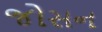
જોસન